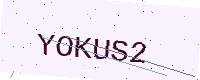
Text: YOKUS2